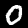
Digit: 0